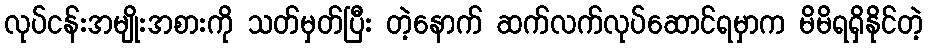
လုပ်ငန်းအမျိုးအစားကို သတ်မှတ်ပြီး တဲ့နောက် ဆက်လက်လုပ်ဆောင်ရမှာက မိမိရရှိနိုင်တဲ့